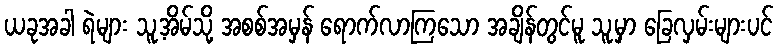
ယခုအခါ ရဲများ သူ့အိမ်သို့ အစစ်အမှန် ရောက်လာကြသော အချိန်တွင်မူ သူ့မှာ ခြေလှမ်းများပင်